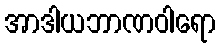
အာဒါယဘာဏဝါရော